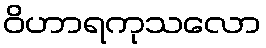
ဝိဟာရကုသလော